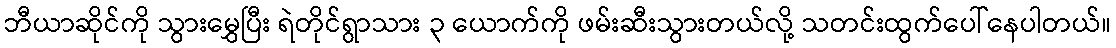
ဘီယာဆိုင်ကို သွားမွှေပြီး ရဲတိုင်ရွာသား ၃ ယောက်ကို ဖမ်းဆီးသွားတယ်လို့ သတင်းထွက်ပေါ်နေပါတယ်။